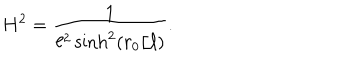
LaTeX: H ^ { 2 } = { \frac { 1 } { \ell ^ { 2 } \sinh ^ { 2 } ( r _ { 0 } / \ell ) } } .